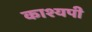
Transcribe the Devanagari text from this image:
काश्यपी